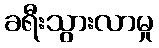
ခရီးသွားလာမှု